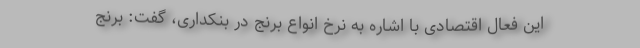
این فعال اقتصادی با اشاره به نرخ انواع برنج در بنکداری، گفت: برنج